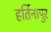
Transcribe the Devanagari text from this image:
हर्तिनापुर